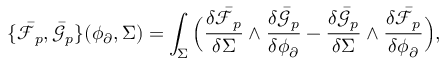
\{ \bar { \mathcal { F } } _ { p } , \bar { \mathcal { G } } _ { p } \} ( \phi _ { \partial } , \Sigma ) = \int _ { \Sigma } \Big ( \frac { \delta \bar { \mathcal { F } } _ { p } } { \delta \Sigma } \wedge \frac { \delta \bar { \mathcal { G } } _ { p } } { \delta \phi _ { \partial } } - \frac { \delta \bar { \mathcal { G } } _ { p } } { \delta \Sigma } \wedge \frac { \delta \bar { \mathcal { F } } _ { p } } { \delta \phi _ { \partial } } \Big ) ,